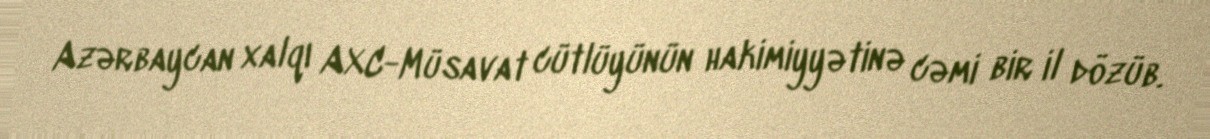
Azərbaycan xalqı AXC-Müsavat cütlüyünün hakimiyyətinə cəmi bir il dözüb.